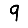
Digit: 9